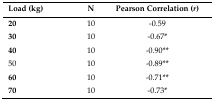
<table><thead><tr><td><b>Load (kg)</b></td><td><b>N</b></td><td><b>Pearson Correlation (<i>r</i>)</b></td></tr></thead><tbody><tr><td><b>20</b></td><td>10</td><td>−0.59</td></tr><tr><td><b>30</b></td><td>10</td><td>−0.67<sup>*</sup></td></tr><tr><td><b>40</b></td><td>10</td><td>−0.90<sup>**</sup></td></tr><tr><td>50</td><td>10</td><td>−0.89<sup>**</sup></td></tr><tr><td><b>60</b></td><td>10</td><td>−0.71<sup>**</sup></td></tr><tr><td><b>70</b></td><td>10</td><td>−0.73<sup>*</sup></td></tr></tbody></table>